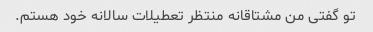
تو گفتی من مشتاقانه منتظر تعطیلات سالانه خود هستم.